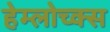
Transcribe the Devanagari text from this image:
हेम्लोच्क्स